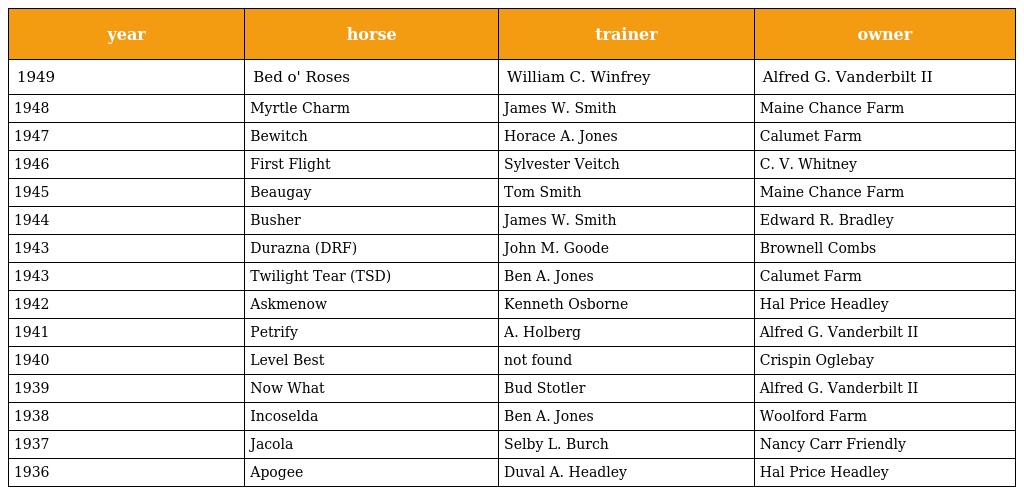
| year | horse | trainer | owner |
 | --- | --- | --- | --- |
 | 1949 | Bed o' Roses | William C. Winfrey | Alfred G. Vanderbilt II |
 | 1948 | Myrtle Charm | James W. Smith | Maine Chance Farm |
 | 1947 | Bewitch | Horace A. Jones | Calumet Farm |
 | 1946 | First Flight | Sylvester Veitch | C. V. Whitney |
 | 1945 | Beaugay | Tom Smith | Maine Chance Farm |
 | 1944 | Busher | James W. Smith | Edward R. Bradley |
 | 1943 | Durazna (DRF) | John M. Goode | Brownell Combs |
 | 1943 | Twilight Tear (TSD) | Ben A. Jones | Calumet Farm |
 | 1942 | Askmenow | Kenneth Osborne | Hal Price Headley |
 | 1941 | Petrify | A. Holberg | Alfred G. Vanderbilt II |
 | 1940 | Level Best | not found | Crispin Oglebay |
 | 1939 | Now What | Bud Stotler | Alfred G. Vanderbilt II |
 | 1938 | Incoselda | Ben A. Jones | Woolford Farm |
 | 1937 | Jacola | Selby L. Burch | Nancy Carr Friendly |
 | 1936 | Apogee | Duval A. Headley | Hal Price Headley |